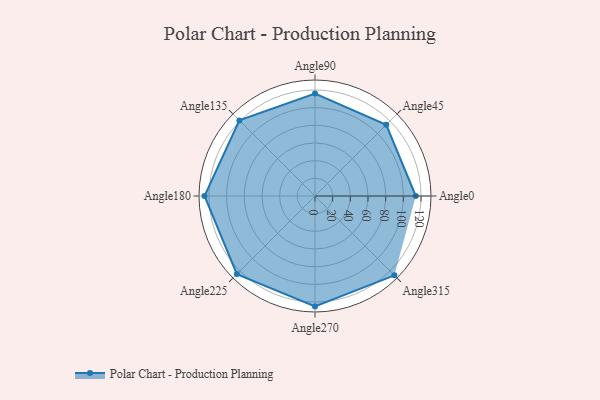
{"axis": {"x": "Angle", "y": "Radius"}, "legend": [""], "data": [{"x": "Angle0", "y": 114.0, "type": ""}, {"x": "Angle45", "y": 114.0, "type": ""}, {"x": "Angle90", "y": 116.0, "type": ""}, {"x": "Angle135", "y": 121.0, "type": ""}, {"x": "Angle180", "y": 125.0, "type": ""}, {"x": "Angle225", "y": 125.0, "type": ""}, {"x": "Angle270", "y": 125.0, "type": ""}, {"x": "Angle315", "y": 127.0, "type": ""}]}